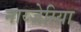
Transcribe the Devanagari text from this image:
नाय्जेरिया